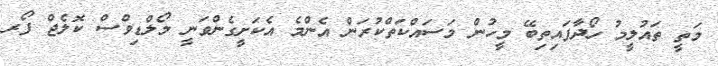
މަތީ ތައުލީމު ހޯދާފައިތިބޭ މީހުން މަސައްކަތްކުރަން އެންމެ އެކަށީގެންވަނީ މޯލްޑިވްސް ކޮލެޖް ފޯރ